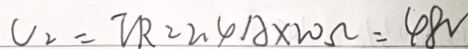
V _ { 2 } = V R = 2 . 4 A \times 2 0 \Omega = 4 8 V